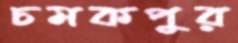
চমকপুর